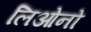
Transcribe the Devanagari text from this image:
लिओनो